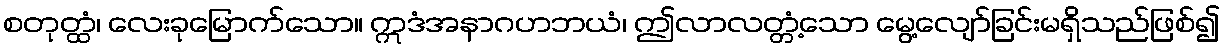
စတုတ္ထံ၊ လေးခုမြောက်သော။ ဣဒံအနာဂဟဘယံ၊ ဤလာလတ္တံ့သော မွေ့လျော်ခြင်းမရှိသည်ဖြစ်၍